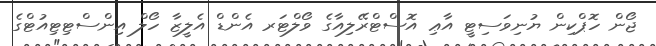
ޖޯން ހޮޕްކިން ޔުނިވަސިޓީ އާޢި އޮސްޓްރޭލިއާގެ ވޯލްޓަރ އެންޑް އެލީޒާ ހޯލް އިންސްޓިޓިއުޓްގެ